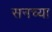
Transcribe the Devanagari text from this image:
सनच्या